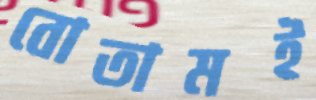
বোতামই